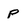
Character: p